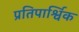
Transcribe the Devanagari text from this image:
प्रतिपार्श्विक